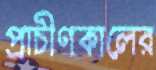
প্রাচীণকালের